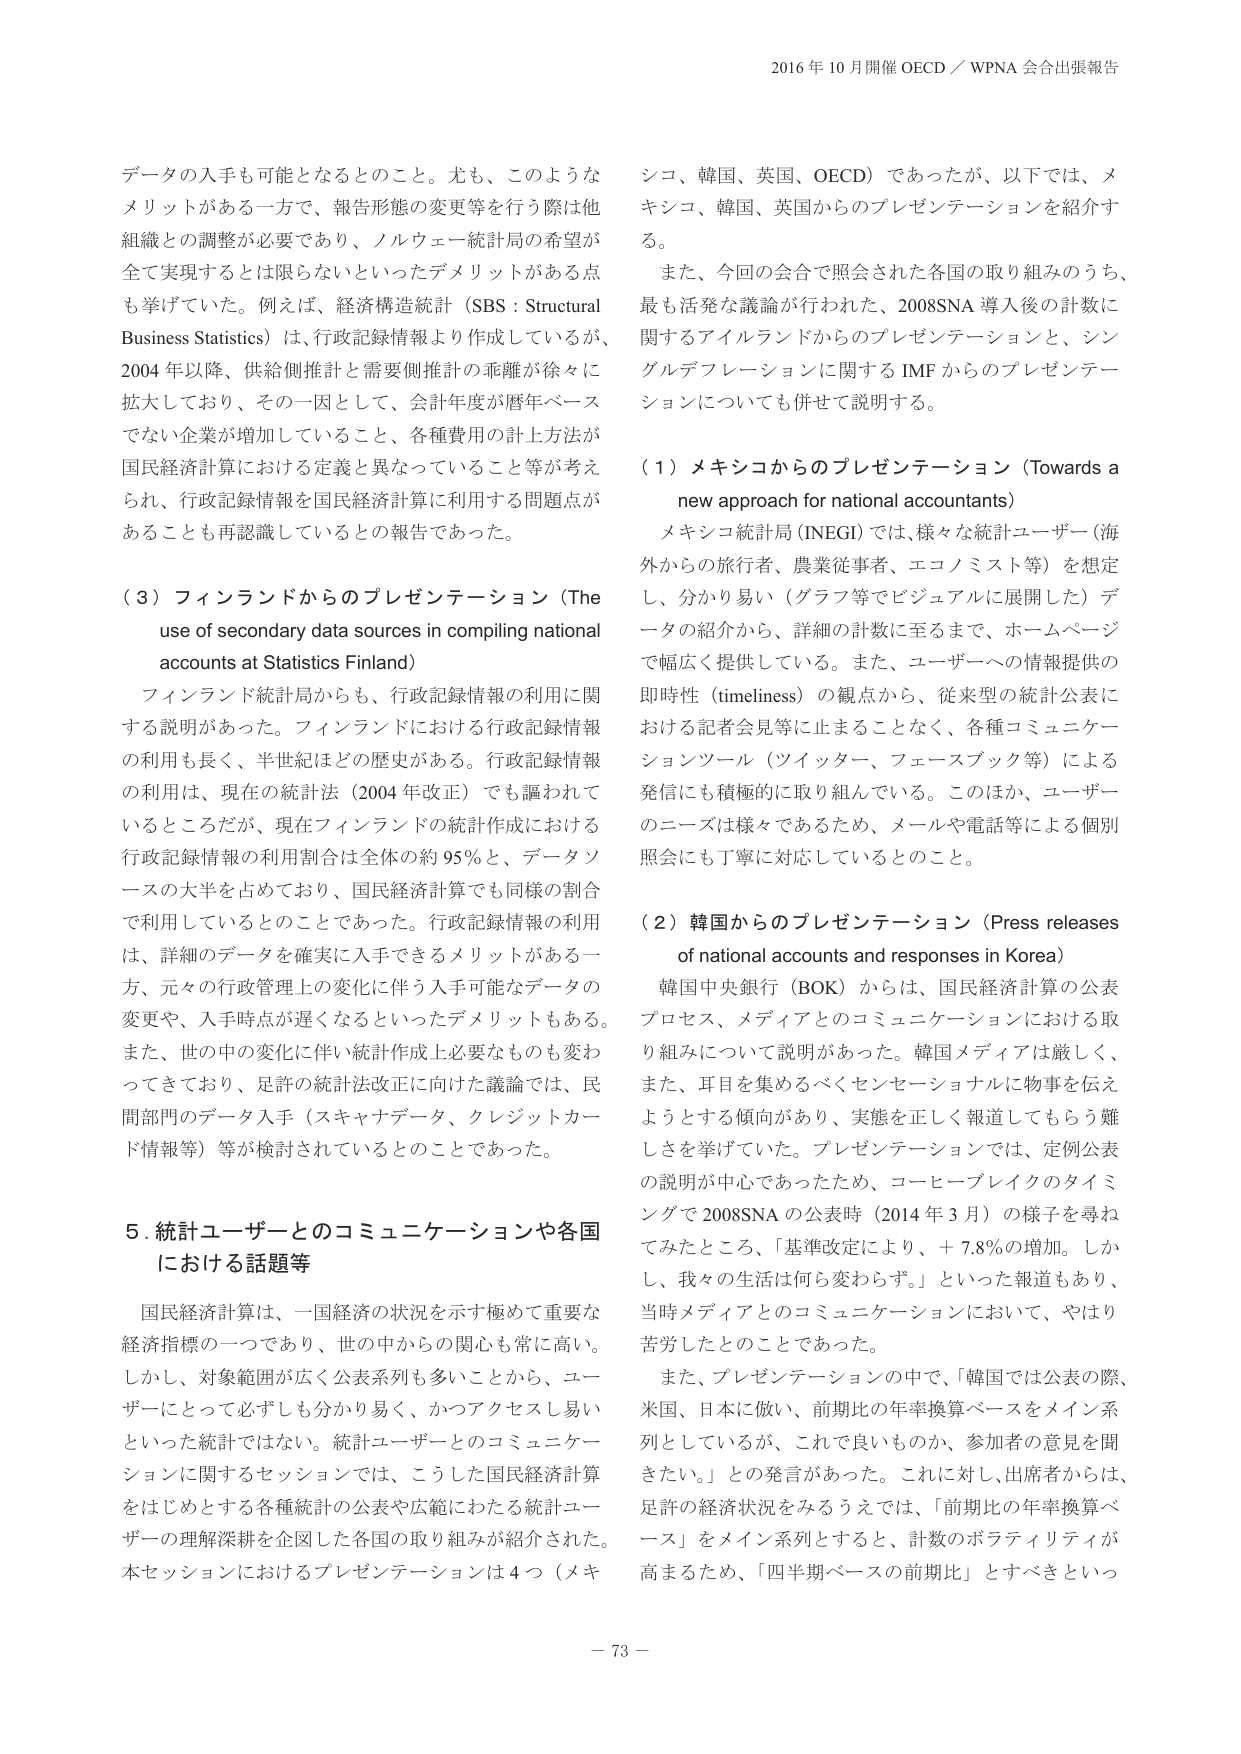
2016 年 10 月開催 OECD／WPNA 会合出張報告

データの入手も可能となるとのこと。尤も、このようなメリットがある一方で、報告形態の変更等を行う際は他組織との調整が必要であり、ノルウェー統計局の希望が全て実現するとは限らないといったデメリットがある点も挙げていた。例えば、経済構造統計（SBS：Structural Business Statistics）は、行政記録情報より作成しているが、2004 年以降、供給側推計と需要側推計の乖離が徐々に拡大しており、その一因として、会計年度が暦年ベースでない企業が増加していること、各種費用の計上方法が国民経済計算における定義と異なっていること等が考えられ、行政記録情報を国民経済計算に利用する問題点があることも再認識しているとの報告であった。

（3）フィンランドからのプレゼンテーション（The use of secondary data sources in compiling national accounts at Statistics Finland）

フィンランド統計局からも、行政記録情報の利用に関する説明があった。フィンランドにおける行政記録情報の利用も長く、半世紀ほどの歴史がある。行政記録情報の利用は、現在の統計法（2004 年改正）でも謳われているところだが、現在フィンランドの統計作成における行政記録情報の利用割合は全体の約 95％と、データソースの大半を占めており、国民経済計算でも同様の割合で利用しているとのことであった。行政記録情報の利用は、詳細のデータを確実に入手できるメリットがある一方、元々の行政管理上の変化に伴う入手可能なデータの変更や、入手時点が遅くなるといったデメリットもある。また、世の中の変化に伴い統計作成上必要なものも変わってきており、足許の統計法改正に向けた議論では、民間部門のデータ入手（スキヤナデータ、クレジットカード情報等）等が検討されているとのことであった。

5. 統計ユーザーとのコミュニケーションや各国における話題等

国民経済計算は、一国経済の状況を示す極めて重要な経済指標の一つであり、世の中からの関心も常に高い。しかし、対象範囲が広く公表系列も多いことから、ユーザーにとって必ずしも分かり易く、かつアクセスし易いといった統計ではない。統計ユーザーとのコミュニケーションに関するセッションでは、こうした国民経済計算をはじめとする各種統計の公表や広報にわたる統計ユーザーの理解深耕を企図した各国の取り組みが紹介された。本セッションにおけるプレゼンテーションは 4 つ（メキシコ、韓国、英国、OECD）であったが、以下では、メキシコ、韓国、英国からのプレゼンテーションを紹介する。

また、今回の会合で照会された各国の取り組みのうち、最も活発な議論が行われた、2008SNA 導入後の計数に関するアイルランドからのプレゼンテーションと、シングルデフレーションに関する IMF からのプレゼンテーションについても併せて説明する。

（1）メキシコからのプレゼンテーション（Towards a new approach for national accountants）

メキシコ統計局（INEGI）では、様々な統計ユーザー（海外からの旅行者、農業従事者、エコノミスト等）を想定し、分かり易い（グラフ等でビジュアルに展開した）データの紹介から、詳細の計数に至るまで、ホームページで幅広く提供している。また、ユーザーへの情報提供の即時性（timeliness）の観点から、従来型の統計公表における記者会見等に止まることなく、各種コミュニケーションツール（ツイッター、フェースブック等）による発信にも積極的に取り組んでいる。このほか、ユーザーのニーズは様々であるため、メールや電話等による個別照会にも丁寧に対応しているとのこと。

（2）韓国からのプレゼンテーション（Press releases of national accounts and responses in Korea）

韓国中央銀行（BOK）からは、国民経済計算の公表プロセス、メディアとのコミュニケーションにおける取り組みについて説明があった。韓国メディアは厳しく、また、耳目を集めるべくセンセーショナルに物事を伝えようとする傾向があり、実態を正しく報道してもらう難しさを挙げていた。プレゼンテーションでは、定例公表の説明が中心であったため、コーヒーブレイクのタイミングで 2008SNA の公表時（2014 年 3 月）の様子を尋ねてみたところ、「基準改定により、＋7.8％の増加。しかし、我々の生活は何も変わらず。」といった報道もあり、当時メディアとのコミュニケーションにおいて、やはり苦労したとのことであった。

また、プレゼンテーションの中で、「韓国では公表の際、米国、日本に倣い、前期比の年率換算ベースをメイン系列としているが、これで良いものか、参加者の意見を聞きたい。」との発言があった。これに対し、出席者からは、足許の経済状況をみるうえでは、「前期比の年率換算ベース」をメイン系列とすると、計数のボラティリティが高まるため、「四半期ベースの前期比」とすべきといった

－ 73 －